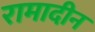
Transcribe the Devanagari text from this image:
रामादीन